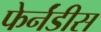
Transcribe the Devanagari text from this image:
फेर्नंडीस